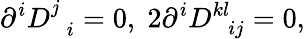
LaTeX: \partial^{i}D_{\; \; i}^{j}=0,\; 2\partial^{i}D_{\; \; ij}^{kl}=0,